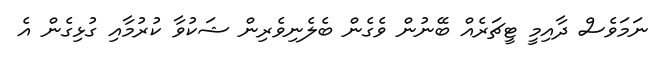
ނަމަވެސް ދާއިމީ ޓީޗަރެއް ބޭނުން ވެގެން ބެލެނިވެރިން ޝަކުވާ ކުރުމާއި ގުޅިގެން އެ